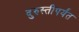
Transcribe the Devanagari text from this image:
दुरुस्तीपर्यंत